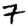
Digit: 7